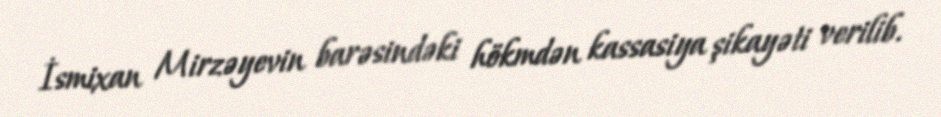
İsmixan Mirzəyevin barəsindəki hökmdən kassasiya şikayəti verilib.